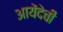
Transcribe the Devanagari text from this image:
आयेंदेची